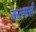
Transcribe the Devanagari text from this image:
ऊल्मर्स